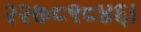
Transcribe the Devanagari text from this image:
२२७८९८४६।